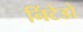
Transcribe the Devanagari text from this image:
निंटेडो